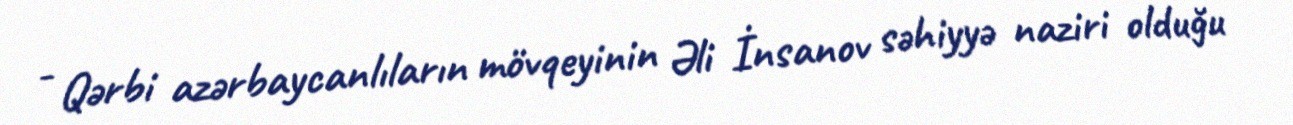
- Qərbi azərbaycanlıların mövqeyinin Əli İnsanov səhiyyə naziri olduğu